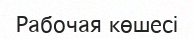
Рабочая көшесі